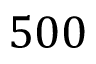
5 0 0